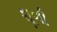
શૂળી